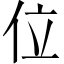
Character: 位